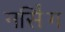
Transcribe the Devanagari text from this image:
नर्सि॑ग